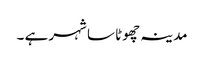
مدینہ چھوٹا سا شہر ہے ۔